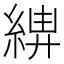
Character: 𦁰